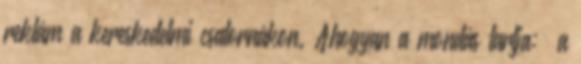
reklám a kereskedelmi csatornákon. Ahogyan a mondás tartja: „a